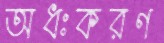
অধঃকরণ